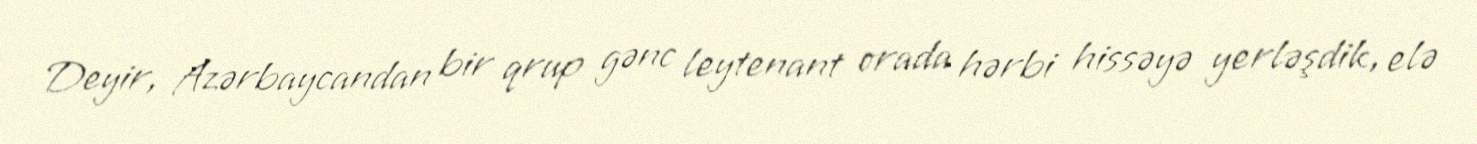
Deyir, Azərbaycandan bir qrup gənc leytenant orada hərbi hissəyə yerləşdik, elə